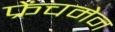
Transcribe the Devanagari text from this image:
फ्रेंचमेन